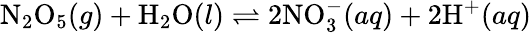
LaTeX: \mathrm{N}_{2}\mathrm{O}_{5}(g)+\mathrm{H}_{2}\mathrm{O}(l)\rightleftharpoons 2\mathrm{NO}_{3}^{-}(aq)+2\mathrm{H}^{+}(aq)